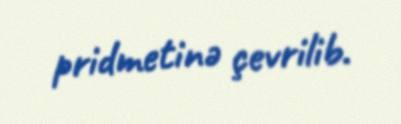
pridmetinə çevrilib.